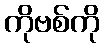
ကိုဗစ်ကို